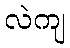
လဲကျ